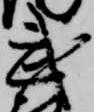
武